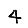
Digit: 4